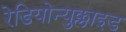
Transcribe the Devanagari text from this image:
रेडियोन्युक्लाइड